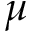
\mu